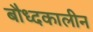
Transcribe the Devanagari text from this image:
बौध्दकालीन